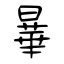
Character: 曅